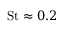
\mathrm { S t } \approx 0 . 2